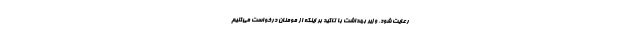
رعایت شود. وزیر بهداشت با تاکید بر اینکه از مومنان درخواست می‌کنیم